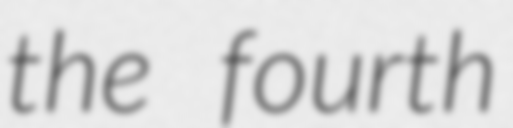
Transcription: the fourth